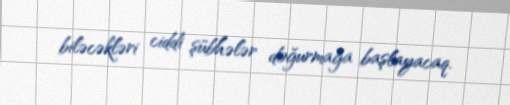
biləcəkləri ciddi şübhələr doğurmağa başlayacaq.